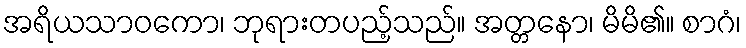
အရိယသာဝကော၊ ဘုရားတပည့်သည်။ အတ္တနော၊ မိမိ၏။ စာဂံ၊